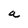
Character: a